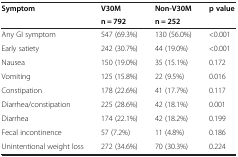
| <ROWSPAN=2> Symptom | V30M | Non-V30M | <ROWSPAN=2> p value |
 | n = 792 | n = 252 |
 | --- | --- | --- | --- |
 | Any GI symptom | 547 (69.3%) | 130 (56.0%) | <0.001 |
 | Early satiety | 242 (30.7%) | 44 (19.0%) | <0.001 |
 | Nausea | 150 (19.0%) | 35 (15.1%) | 0.172 |
 | Vomiting | 125 (15.8%) | 22 (9.5%) | 0.016 |
 | Constipation | 178 (22.6%) | 41 (17.7%) | 0.117 |
 | Diarrhea/constipation | 225 (28.6%) | 42 (18.1%) | 0.001 |
 | Diarrhea | 174 (22.1%) | 42 (18.2%) | 0.199 |
 | Fecal incontinence | 57 (7.2%) | 11 (4.8%) | 0.186 |
 | Unintentional weight loss | 272 (34.6%) | 70 (30.3%) | 0.224 |